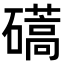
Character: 𥖰